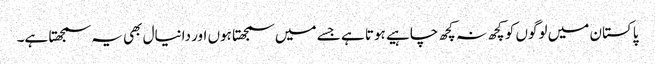
پاکستان میں لوگوں کو کچھ نہ کچھ چاہیے ہوتا ہے جسے میں سمجھتا ہوں اور دانیال بھی یہ سمجھتا ہے۔